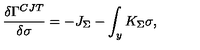
{ \frac { \delta \Gamma ^ { C J T } } { \delta \sigma } } = - J _ { \Sigma } - \int _ { y } K _ { \Sigma } \sigma ,